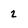
Character: 2